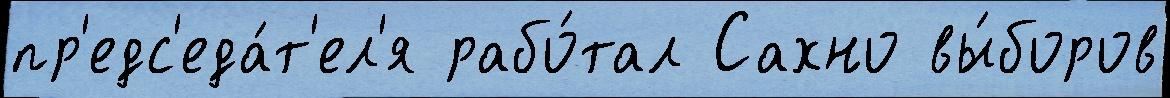
пр'едс'еда́т'ел'я рабо́тал Сахно вы́боров